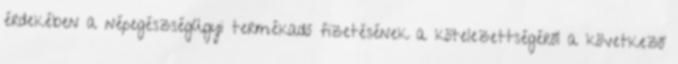
érdekében a népegészségügyi termékadó fizetésének a kötelezettségéről a következő